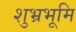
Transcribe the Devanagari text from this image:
शुभ्रभूमि